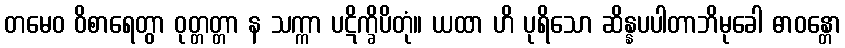
တမေဝ ဝိစာရေတွာ ဝုတ္တတ္တာ န သက္ကာ ပဋိက္ခိပိတုံ။ ယထာ ဟိ ပုရိသော ဆိန္နပပါတာဘိမုခေါ ဓာဝန္တော